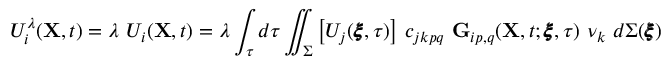
U _ { i } ^ { \lambda } ( \mathbf { X } , t ) = \lambda ~ U _ { i } ( \mathbf { X } , t ) = \lambda \int _ { \tau } d \tau \iint _ { \Sigma } \big [ U _ { j } ( \pmb { \xi } , \tau ) \big ] ~ c _ { j k p q } ~ \mathbf { G } _ { i p , q } ( \mathbf { X } , t ; \pmb { \xi } , \tau ) ~ \nu _ { k } ~ d \Sigma ( \pmb { \xi } )